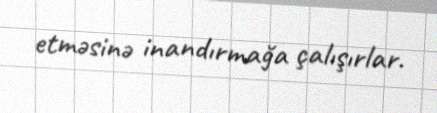
etməsinə inandırmağa çalışırlar.